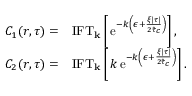
\begin{array} { r l } { C _ { 1 } ( r , \tau ) = } & { { \mathrm { I F T } } _ { { \bf k } } \left[ \, \mathrm { e } ^ { - k \left( \epsilon + \frac { \xi \lvert \tau \rvert } { 2 \tilde { \tau } _ { c } } \right) } \right] , } \\ { C _ { 2 } ( r , \tau ) = } & { { \mathrm { I F T } } _ { { \bf k } } \left[ \, k \, \mathrm { e } ^ { - k \left( \epsilon + \frac { \xi \lvert \tau \rvert } { 2 \tilde { \tau } _ { c } } \right) } \right] . } \end{array}